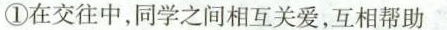
①在交往中，同学之间相互关爱，互相帮助